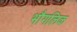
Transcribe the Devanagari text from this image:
भौगलिक